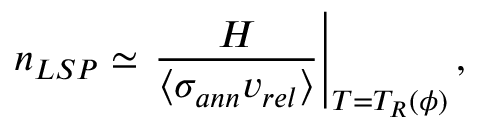
n _ { L S P } \simeq \left. \frac { H } { \langle \sigma _ { a n n } v _ { r e l } \rangle } \right| _ { T = T _ { R } ( \phi ) } ,